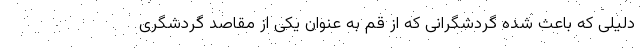
دلیلی که باعث شده گردشگرانی که از قم به عنوان یکی از مقاصد گردشگری